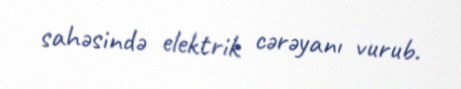
sahəsində elektrik cərəyanı vurub.